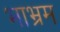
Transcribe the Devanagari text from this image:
भाभ्रम